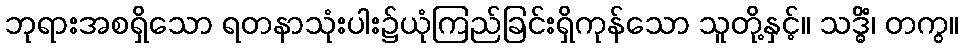
ဘုရားအစရှိသော ရတနာသုံးပါး၌ယုံကြည်ခြင်းရှိကုန်သော သူတို့နှင့်။ သဒ္ဓိံ၊ တကွ။